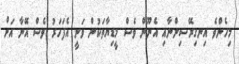
މިހެންވެ އިނގިރޭސިންނާއި އެނޫން ވެސް މީޑިޔާތަކުން ވަނީ އެފަހަރު ވެސް އޭނާ އަށް